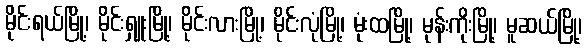
မိုင်းရယ်မြို့၊ မိုင်းရှူးမြို့၊ မိုင်းလားမြို့၊ မိုင်းလုံမြို့၊ မုံးထမြို့၊ မုန်းကိုးမြို့၊ မူဆယ်မြို့၊